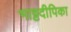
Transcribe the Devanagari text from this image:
भाट्टदीपिका